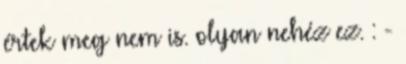
értek meg nem is. olyan nehéz ez. : -